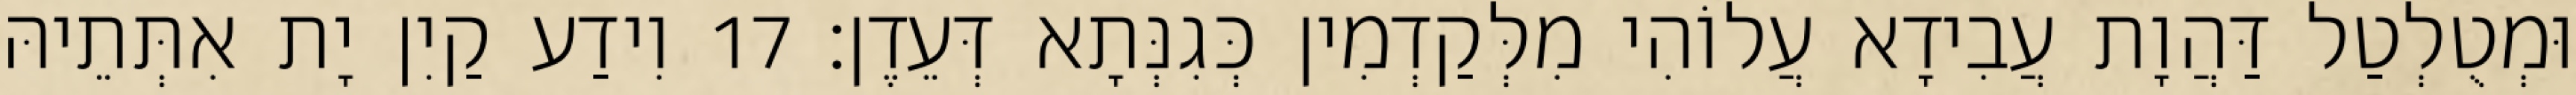
וּמְטֻלְטַל דַּהֲוָת עֲבִידָא עֲלוֹהִי מִלְּקַדְמִין כְּגִנְּתָא דְּעֵדֶן׃ 17 וִידַע קַיִן יָת אִתְּתֵיהּ